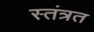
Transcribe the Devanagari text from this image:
स्तंत्रत